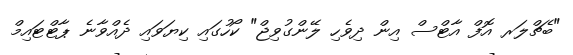
"ބެޗްލަރ އޮފް އާޓްސް އިން ދިވެހި ލޭންގުވިޖް" ކޯހުގައި ކިޔަވައި ދެއްވާނެ ޕާޓްޓައިމް